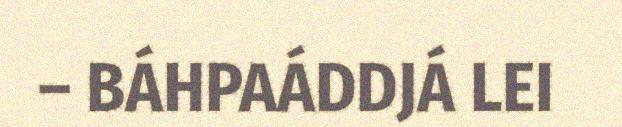
– BÁHPAÁDDJÁ LEI